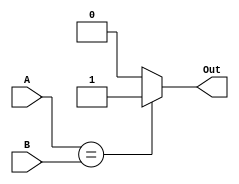
module Comparator(A, B, Out);
	input [15:0] A, B;
	output Out;
	reg out;
assign Out = out;
always @(A or B)
	begin
		if(A == B)
			begin
				out <= 1;
			end
		else
			begin
				out <= 0;
			end

	end
endmodule